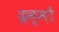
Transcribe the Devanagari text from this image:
द्रम्मों